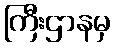
ကြီးဌာနမှ